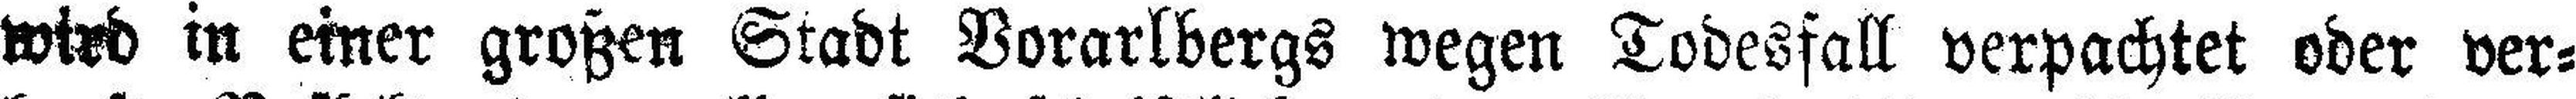
wird in einer großen Stadt Vorarlbergs wegen Todesfall verpachtet oder ver¬